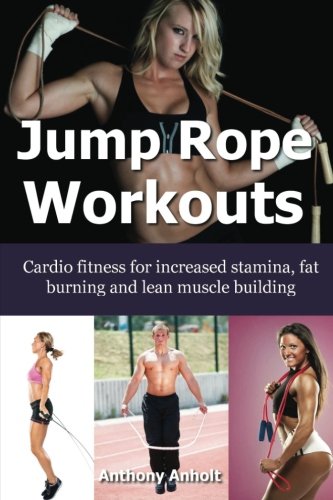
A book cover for Jump Rope Workouts: Cardio fitness for increased stamina, lean muscle building and fat burning; Anthony Anholt; Health, Fitness & Dieting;